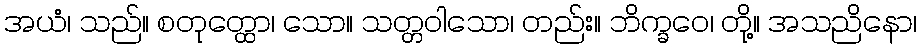
အယံ၊ သည်။ စတုတ္ထော၊ သော။ သတ္တဝါသော၊ တည်း။ ဘိက္ခဝေ၊ တို့။ အသညိနော၊